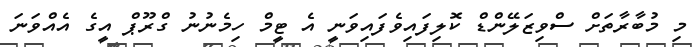
މި މުބާރާތަށް ސްވިޒަލޭންޑް ކޮލިފައިވެފައިވަނީ އެ ޓީމް ހިމެނުނު ގްރޫޕް އީގެ އެއްވަނަ